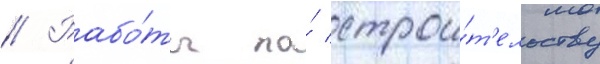
// Рабо́ты по́ строи́т'ельству